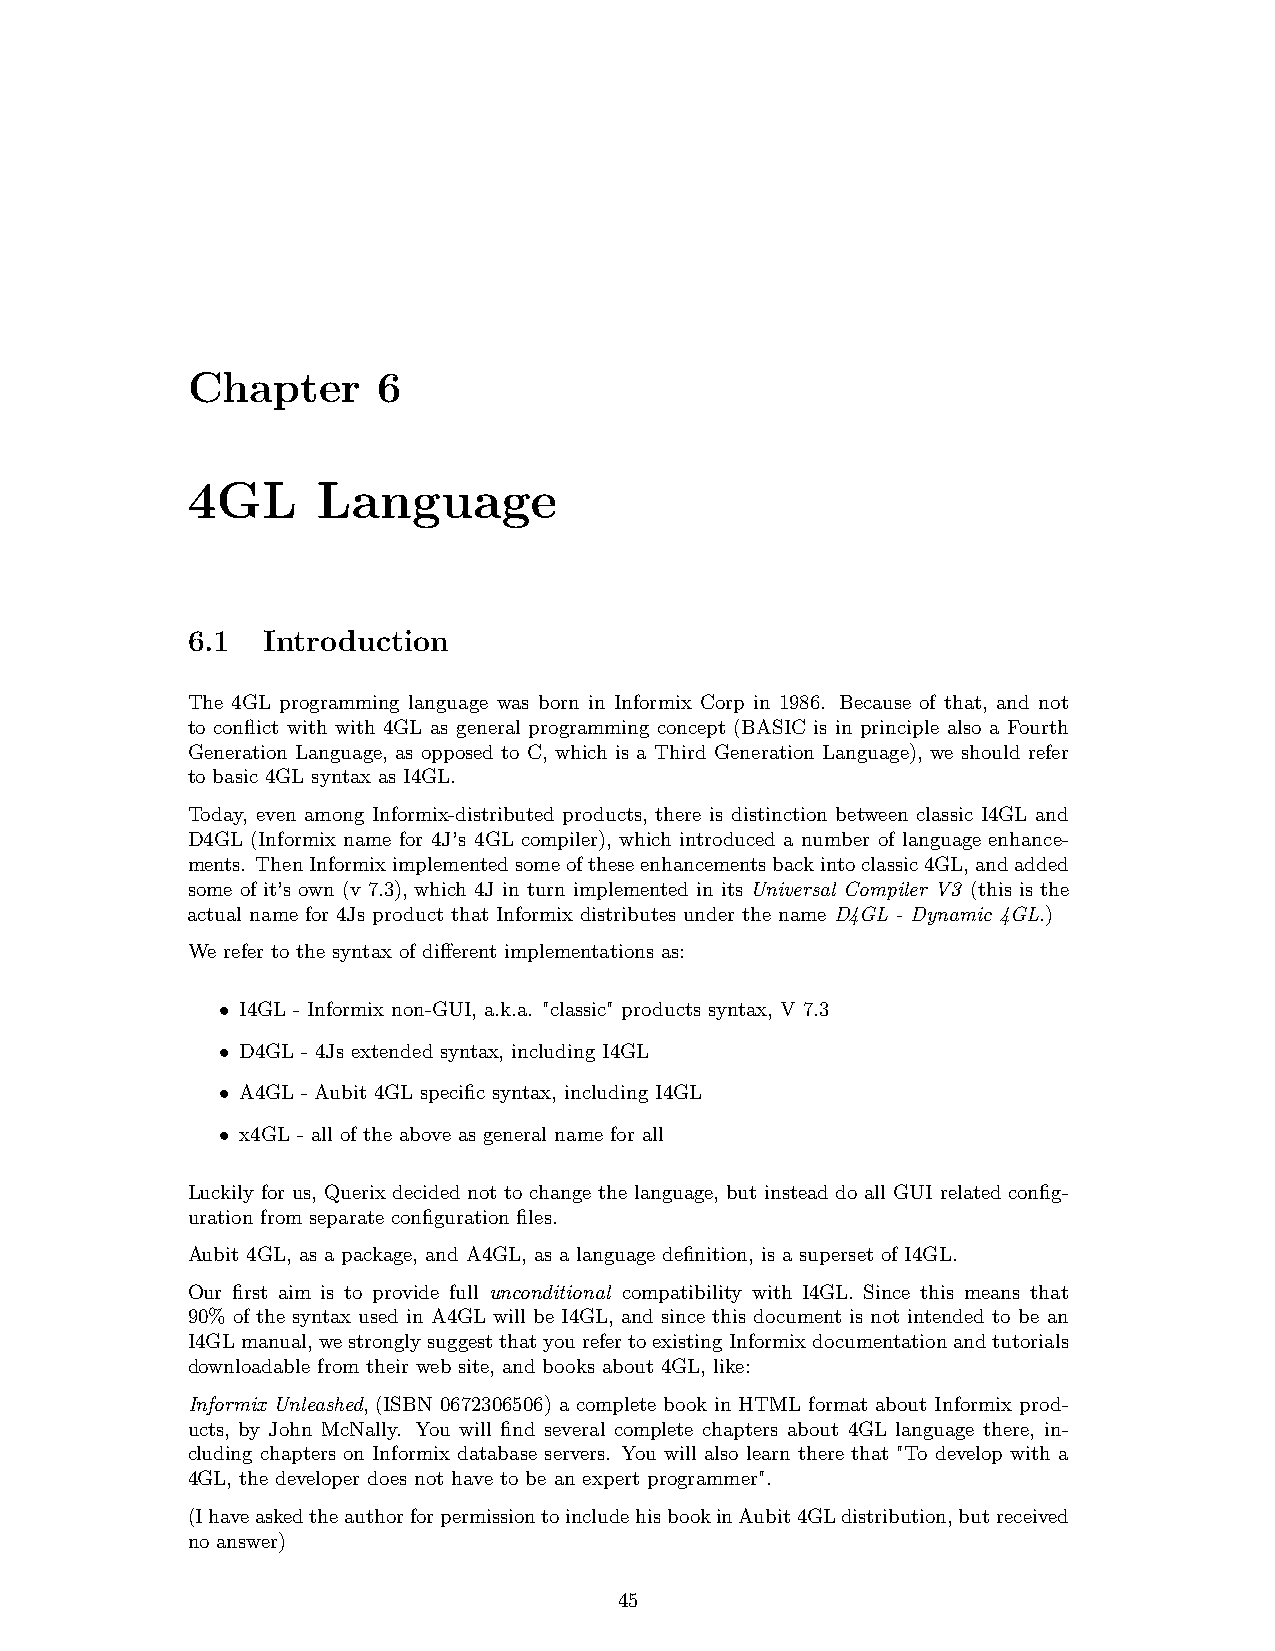
Chapter      6
 4GL      Language
 6.1  Introduction
 The 4GL programming language was born in Informix Corp in 1986. Because of that, and not
 to conflict with with 4GL as general programming concept (BASIC is in principle also a Fourth
 Generation Language, as opposed to C, which is a Third Generation Language), we should refer
 to basic 4GL syntax as I4GL.
 Today, even among Informix-distributed products, there is distinction between classic I4GL and
 D4GL (Informix name for 4J’s 4GL compiler), which introduced a number of language enhance-
 ments. ThenInformiximplementedsomeoftheseenhancementsbackintoclassic4GL,andadded
 some of it’s own (v 7.3), which 4J in turn implemented in its Universal Compiler V3 (this is the
 actual name for 4Js product that Informix distributes under the name D4GL - Dynamic 4GL.)
 We refer to the syntax of different implementations as:
 • I4GL - Informix non-GUI, a.k.a. "classic" products syntax, V 7.3
 • D4GL - 4Js extended syntax, including I4GL
 • A4GL - Aubit 4GL specific syntax, including I4GL
 • x4GL - all of the above as general name for all
 Luckily for us, Querix decided not to change the language, but instead do all GUI related config-
 uration from separate configuration files.
 Aubit 4GL, as a package, and A4GL, as a language definition, is a superset of I4GL.
 Our first aim is to provide full unconditional compatibility with I4GL. Since this means that
 90% of the syntax used in A4GL will be I4GL, and since this document is not intended to be an
 I4GLmanual,westronglysuggestthatyourefertoexistingInformixdocumentationandtutorials
 downloadable from their web site, and books about 4GL, like:
 Informix Unleashed, (ISBN 0672306506) a complete book in HTML format about Informix prod-
 ucts, by John McNally. You will find several complete chapters about 4GL language there, in-
 cluding chapters on Informix database servers. You will also learn there that "To develop with a
 4GL, the developer does not have to be an expert programmer".
 (IhaveaskedtheauthorforpermissiontoincludehisbookinAubit4GLdistribution,butreceived
 no answer)
 45